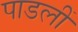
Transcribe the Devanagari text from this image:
पाडलीं